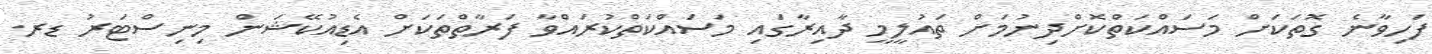
ފަހިވާނެ ގޮތަކަށް މަސައްކަތްކޮށްދިނުމަށް ތައުލީމީ ދާއިރާގައި މަސައްކަތްކުރައްވާ ފަރާތްތަކަށް އެޑިއުކޭޝަން މިނިސްޓަރު ޑރ.